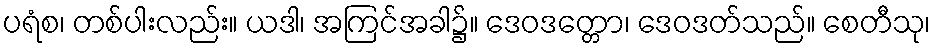
ပရံစ၊ တစ်ပါးလည်း။ ယဒါ၊ အကြင်အခါ၌။ ဒေဝဒတ္တော၊ ဒေဝဒတ်သည်။ စေတီသု၊